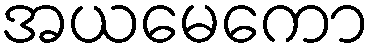
အယမေကော